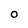
Character: 0